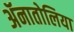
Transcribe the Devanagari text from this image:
ॲनातोलिया